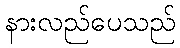
နားလည်ပေသည်